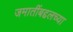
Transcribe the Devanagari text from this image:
जमातींबद्दलच्या